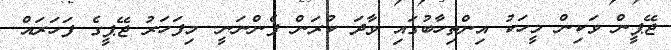
ޖޭޕީން ވަކިން މީހަކު އިންތިހާބުގައި ވާދަ ކުރަން ފެންނަނީ. މިފަހަރު ޖޭޕީގެ ފަހަރައް